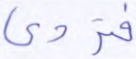
فتردى